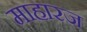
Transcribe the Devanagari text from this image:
माहारज